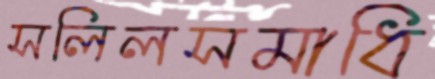
সলিলসমাধি